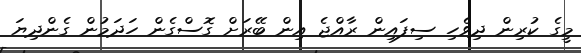
މީގެ ކުރިން ދިވެހި ސިފައިން ރާއްޖެ އިން ބޭރަށް ގޮސްގެން ހަދަމުން ގެންދިޔަ